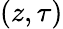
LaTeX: (z,\tau)